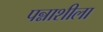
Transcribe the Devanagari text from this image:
पन्नाशीला